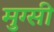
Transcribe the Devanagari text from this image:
मुग्सी